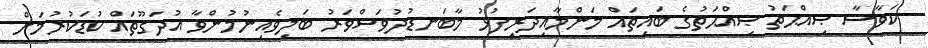
ކަވާސާ ޞިއްޙަތު ޞިއްޙަތުގެ ބައިތައް މަންމާއިދަރިފުޅު މާބަނޑުދުވަސްވަރު ބަލިވެއިނުމުންވާ އުދަގޫތައް ކުޑަކުރުމަށް